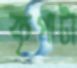
কৃপাটা